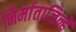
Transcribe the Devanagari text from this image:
निर्माताजिन्हें